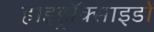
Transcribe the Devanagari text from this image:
हाइड्रॉक्साइडों